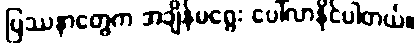
ပြဿနာတွေက အချိန်မရွေး ပေါ်လာနိုင်ပါတယ်။